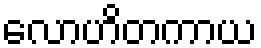
လောဟိတကာယ